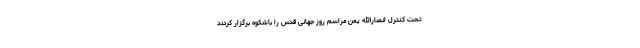
تحت کنترل انصارالله یمن مراسم روز جهانی قدس را باشکوه برگزار کردند